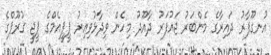
އުނގޫފާރު ދައިރާގެ މެންބަރު ޖައުފަރު ދާއޫދު މިހެން ވިދާޅުވިއިރު ޕީޕީއެމްގެ ޕީޖީ ގުރޫޕްގެ